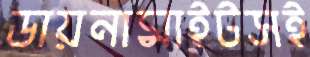
ডায়নামাইটসই